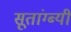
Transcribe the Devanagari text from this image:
सूतांग्ब्यी